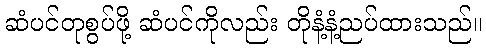
ဆံပင်တုစွပ်ဖို့ ဆံပင်ကိုလည်း တိုနံ့နံ့ညပ်ထားသည်။